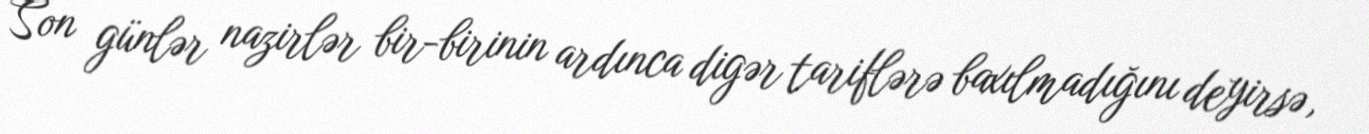
Son günlər nazirlər bir-birinin ardınca digər tariflərə baxılmadığını deyirsə,